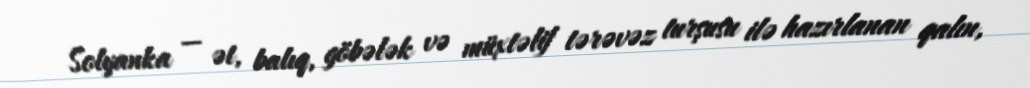
Solyanka — ət, balıq, göbələk və müxtəlif tərəvəz turşusu ilə hazırlanan qalın,